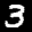
Label: 3